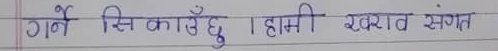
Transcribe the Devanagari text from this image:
गर्ने सिकाउँछु। हामी खराब संगत